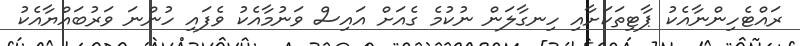
ރައްޓެހިންނާއެކު ޕާޓިތަކަށާއި ހިނގާލަން ނުކުމެ ގެއަށް އައިސް ވަނުމާއެކު ވެފައި ހުންނަ ވަރުބައްޔާއެކު